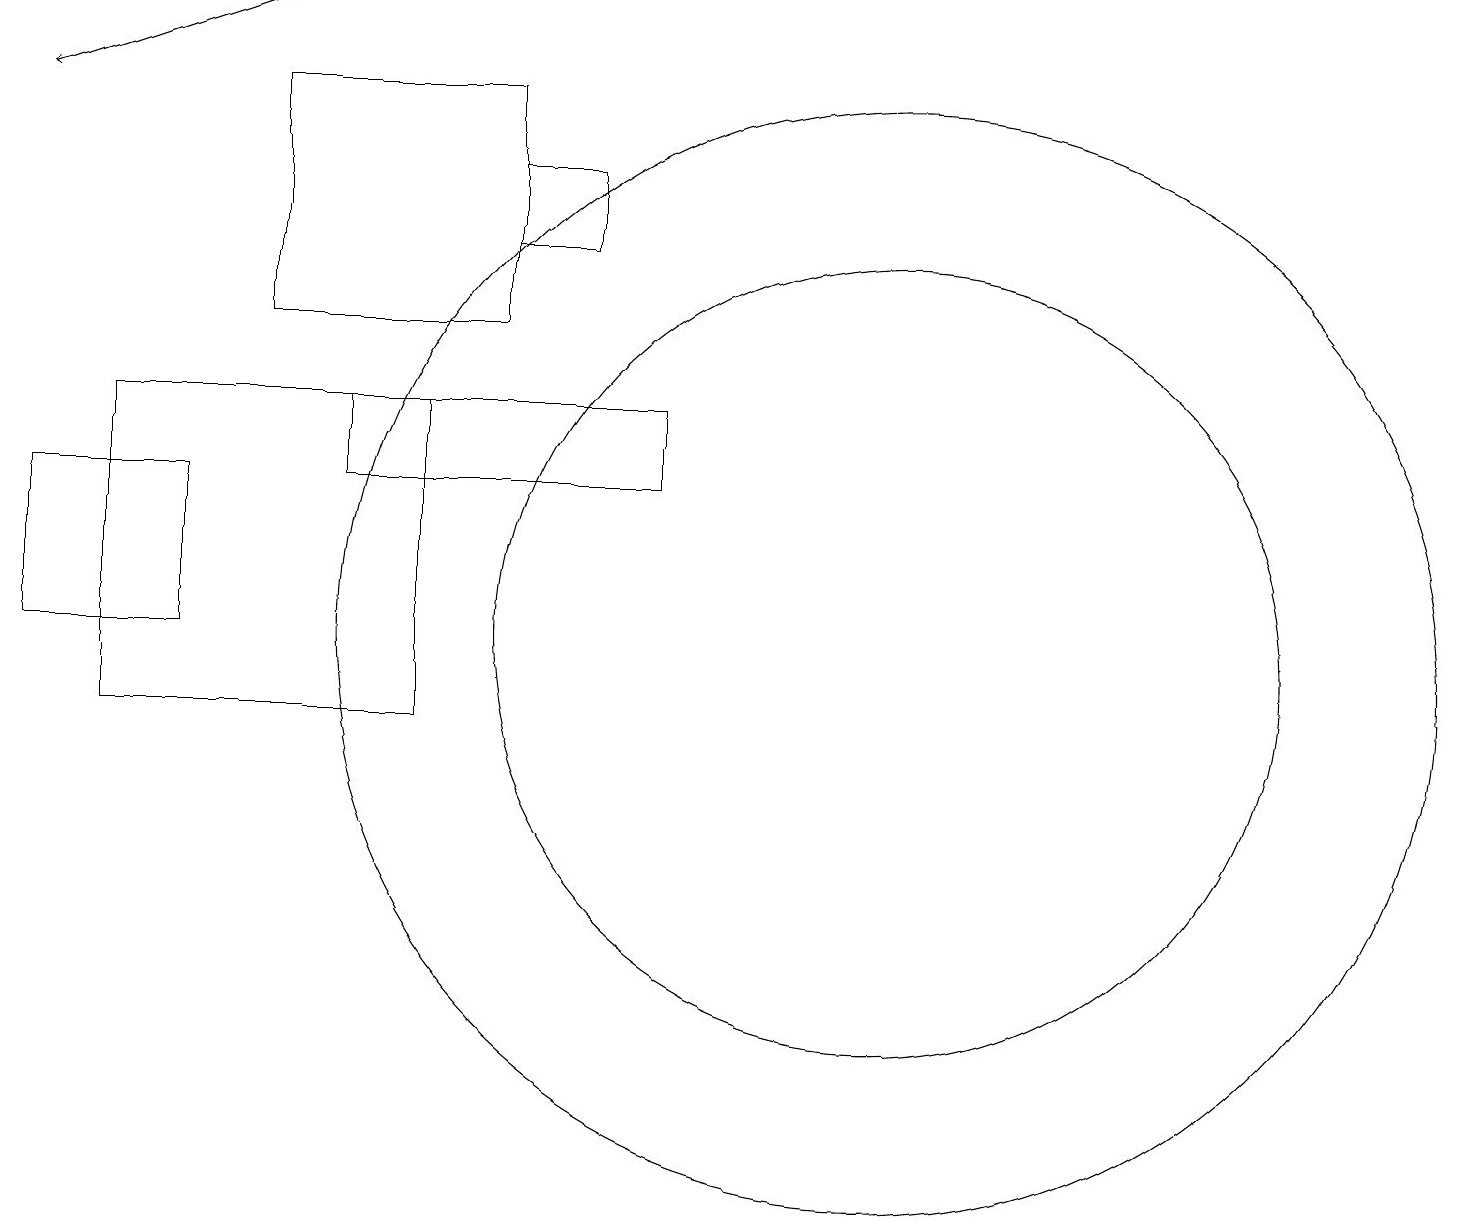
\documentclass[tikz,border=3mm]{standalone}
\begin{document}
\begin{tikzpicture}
\draw (6,18) rectangle (3,15);
\draw (6,17) rectangle (7,16);
\draw (0,11) rectangle (2,13);
\draw (11,11) circle (7);
\draw (1,14) rectangle (5,10);
\draw (11,11) circle (5);
\draw[->] (3,19) -- (0,18);
\draw (8,14) rectangle (4,13);
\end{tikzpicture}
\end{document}